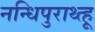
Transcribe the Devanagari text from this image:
नन्धिपुराथ्त्हू